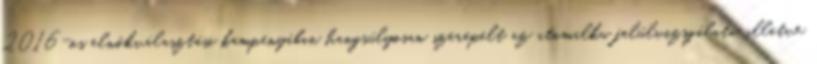
2016-os elnökválasztási kampányában hangsúlyosan szerepelt az atomalku felülvizsgálata, illetve